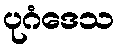
ပုဂံဒေသ